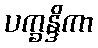
ပက္ခန္ဒိကာ